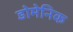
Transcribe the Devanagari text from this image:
डोमेनिक